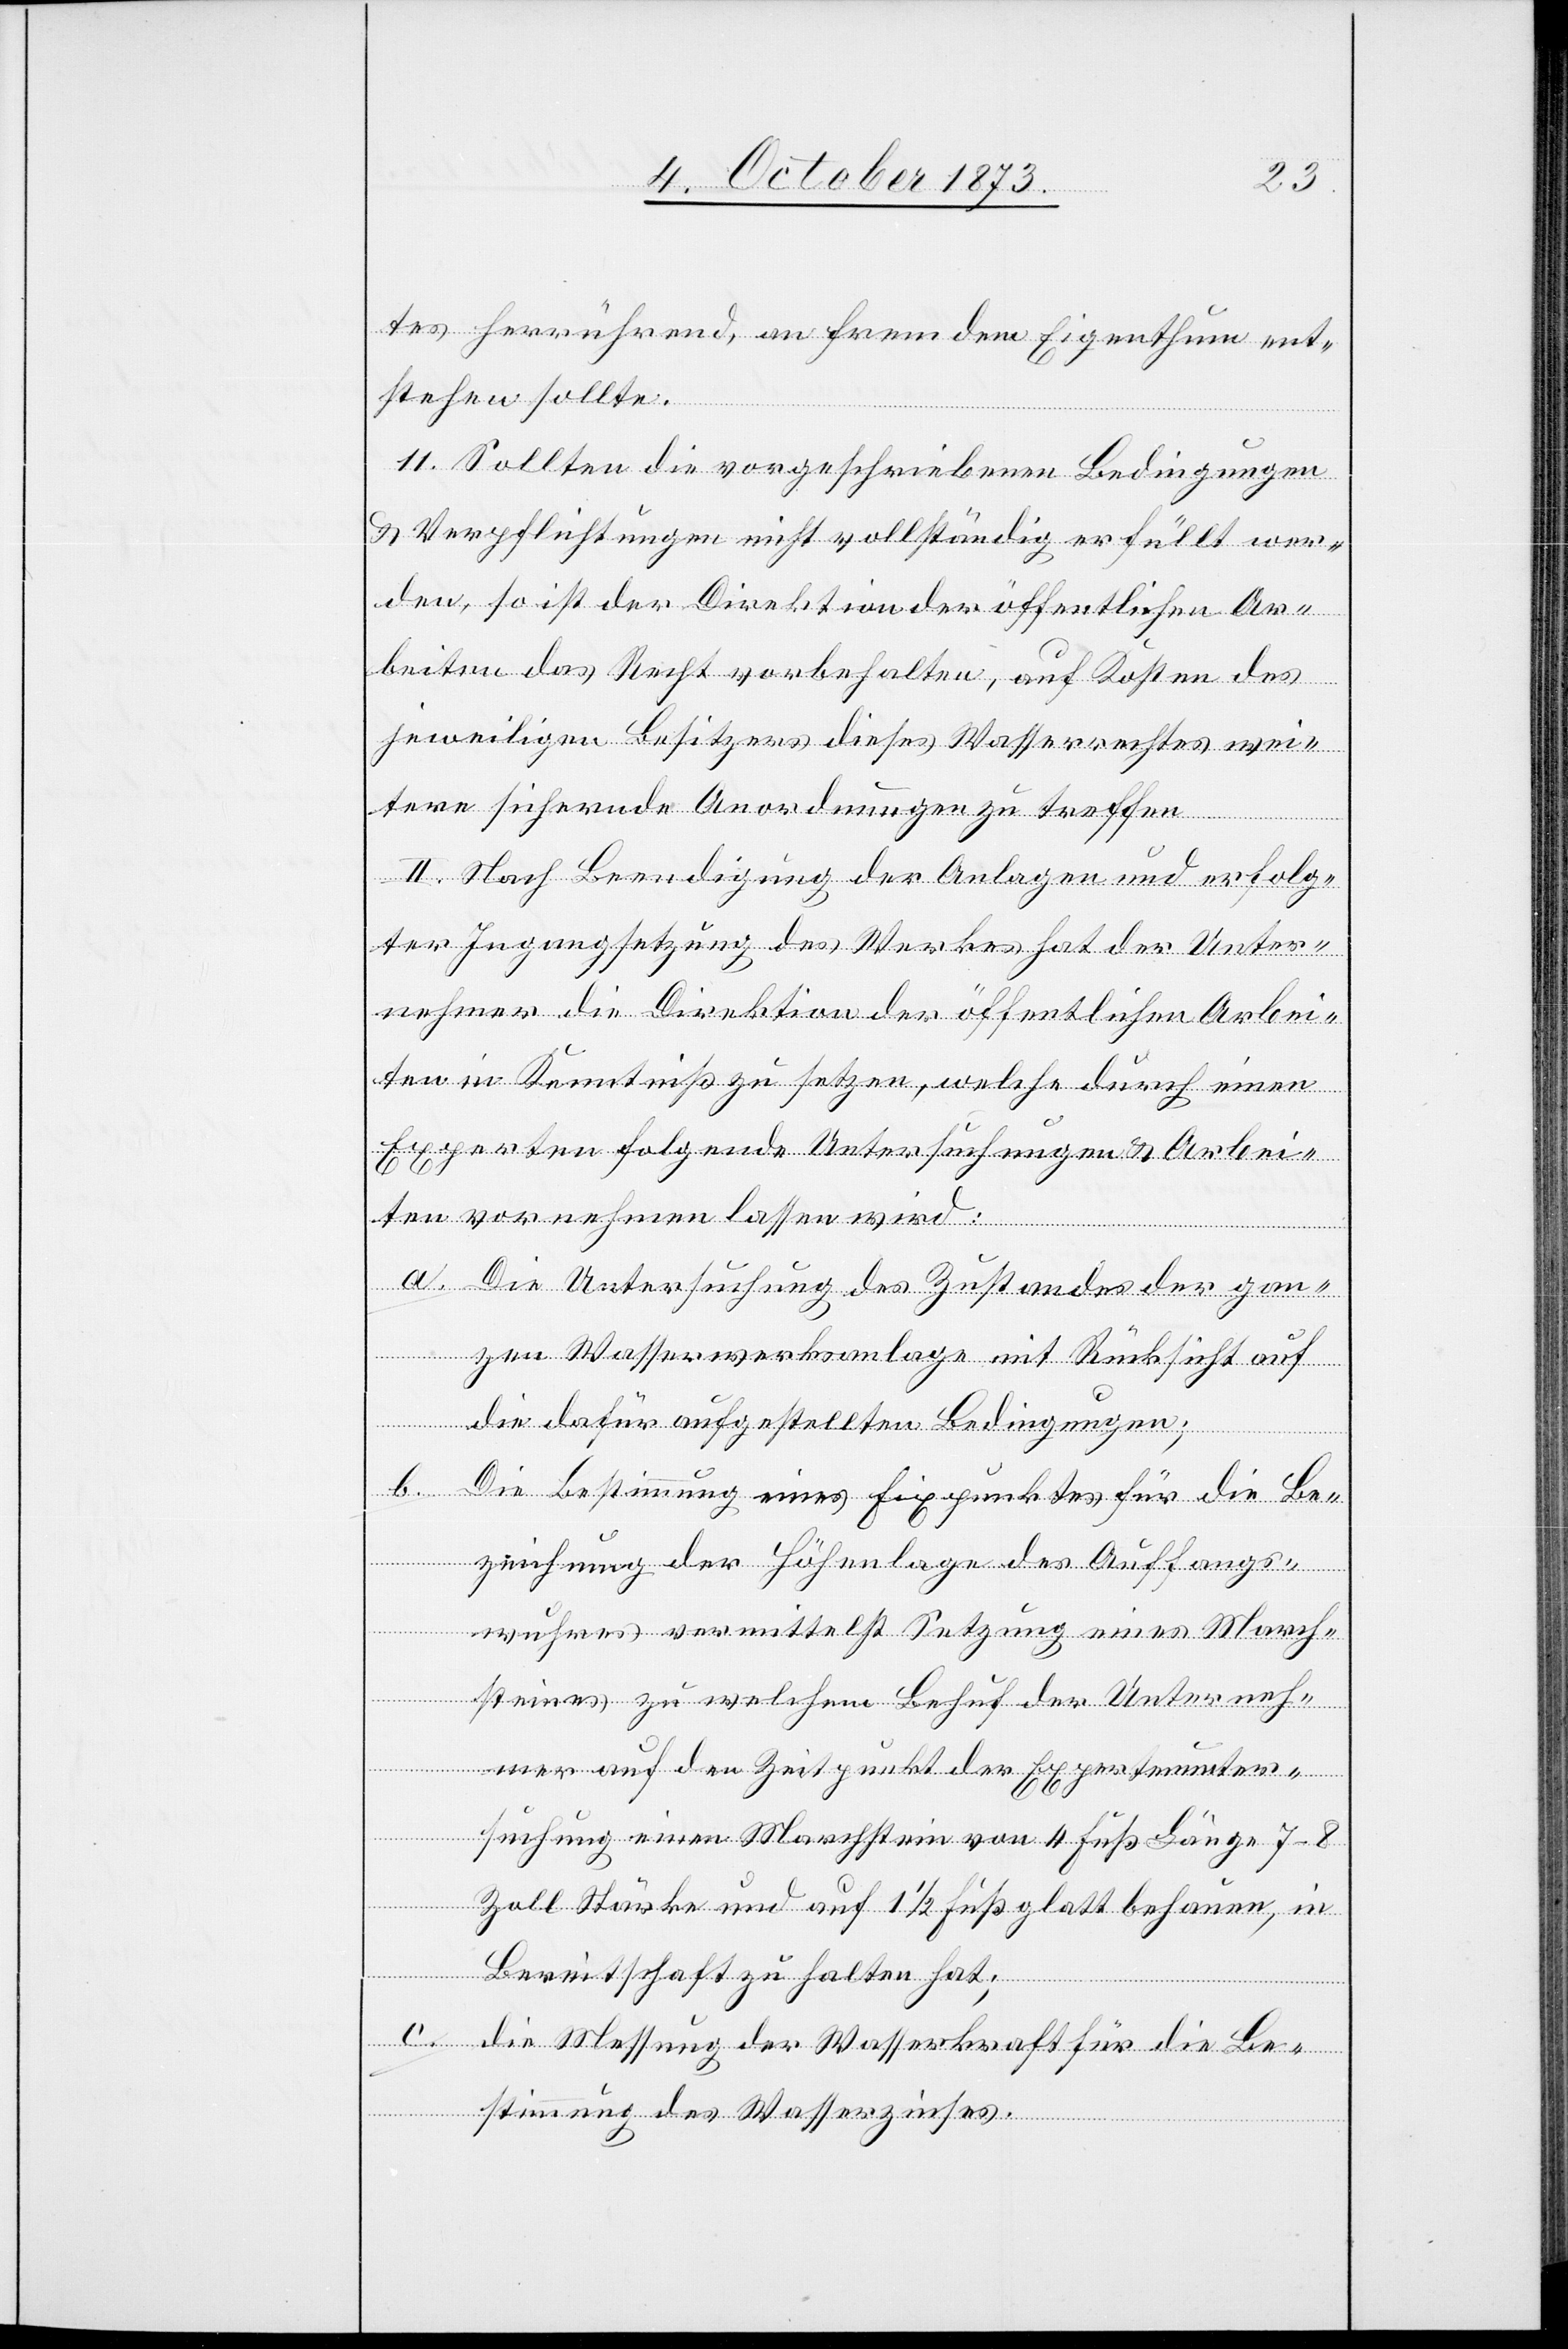
tes herrührend, an fremdem Eigenthum ent¬
stehen sollte.
11. Sollten die vorgeschriebenen Bedingungen
& Verpflichtungen nicht vollständig erfüllt wer¬
den, so ist der Direktion der öffentlichen Ar¬
beiten das Recht vorbehalten, auf Kosten des
jeweiligen Besitzers dieses Wasserrechtes wei¬
tere sichernde Anordnungen zu treffen.
II. Nach Beendigung der Anlagen und erfolg¬
ter Ingangsetzung des Werkes hat der Unter¬
nehmer die Direktion der öffentlichen Arbei¬
ten in Kenntniß zu setzen, welche durch einen
Experten folgende Untersuchungen & Arbei¬
ten vornehmen lassen wird:
a. Die Untersuchung des Zustandes der gan¬
zen Wasserwerksanlage mit Rücksicht auf
die dafür aufgestellten Bedingungen;
b. Die Bestimmung eines Fixpunktes für die Be¬
zeichnung der Höhenlage des Auffangs¬
wuhres vermittelst Setzung eines March¬
steines zu welchem Behuf der Unterneh¬
mer auf den Zeitpunkt der Expertenunter¬
suchung einen Marchstein von 4 Fuß Länge 7–8
Zoll Stärke und auf 1 1/2 Fuß glatt behauen, in
Bereitschaft zu halten hat;
c. die Messung der Wasserkraft für die Be¬
stimmung des Wasserzinses.